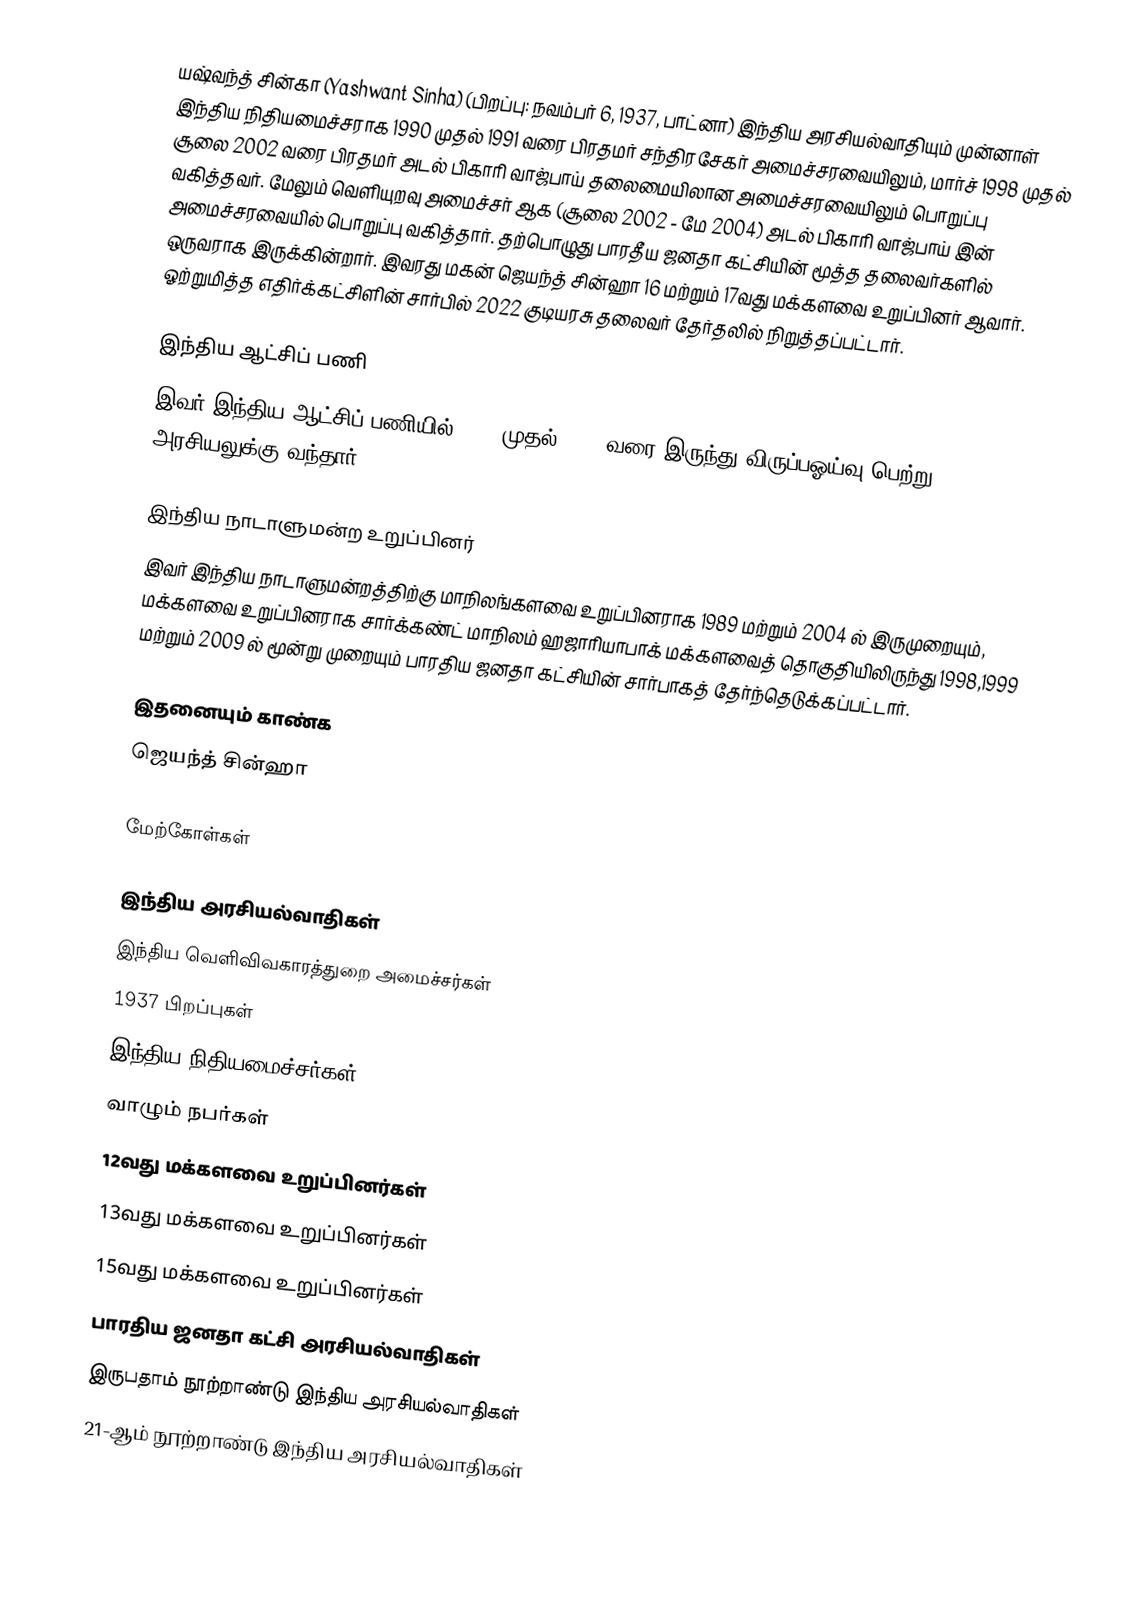
யஷ்வந்த் சின்கா (Yashwant Sinha) (பிறப்பு: நவம்பர் 6, 1937, பாட்னா) இந்திய அரசியல்வாதியும் முன்னாள் இந்திய நிதியமைச்சராக 1990 முதல் 1991 வரை பிரதமர் சந்திரசேகர் அமைச்சரவையிலும், மார்ச் 1998 முதல் சூலை 2002 வரை பிரதமர் அடல் பிகாரி வாஜ்பாய் தலைமையிலான அமைச்சரவையிலும் பொறுப்பு வகித்தவர். மேலும் வெளியுறவு அமைச்சர் ஆக (சூலை 2002 - மே 2004) அடல் பிகாரி வாஜ்பாய் இன் அமைச்சரவையில் பொறுப்பு வகித்தார். தற்பொழுது  பாரதீய ஜனதா கட்சியின் மூத்த தலைவர்களில் ஒருவராக இருக்கின்றார். இவரது மகன் ஜெயந்த் சின்ஹா 16 மற்றும் 17வது மக்களவை உறுப்பினர் ஆவார். ஓற்றுமித்த எதிர்க்கட்சிளின் சார்பில்  2022 குடியரசு தலைவர் தேர்தலில் நிறுத்தப்பட்டார்.

இந்திய ஆட்சிப் பணி
இவர் இந்திய ஆட்சிப் பணியில் 1960 முதல்  1984 வரை இருந்து விருப்பஓய்வு பெற்று அரசியலுக்கு வந்தார்.

இந்திய நாடாளுமன்ற உறுப்பினர்
இவர் இந்திய நாடாளுமன்றத்திற்கு மாநிலங்களவை உறுப்பினராக 1989 மற்றும் 2004 ல் இருமுறையும்,  மக்களவை உறுப்பினராக  சார்க்கண்ட் மாநிலம் ஹஜாரியாபாக் மக்களவைத்  தொகுதியிலிருந்து 1998,1999 மற்றும் 2009 ல் மூன்று முறையும் பாரதிய ஜனதா கட்சியின் சார்பாகத் தேர்ந்தெடுக்கப்பட்டார்.

இதனையும் காண்க
 ஜெயந்த் சின்ஹா

மேற்கோள்கள்

இந்திய அரசியல்வாதிகள்
இந்திய வெளிவிவகாரத்துறை அமைச்சர்கள்
1937 பிறப்புகள்
இந்திய நிதியமைச்சர்கள்
வாழும் நபர்கள்
12வது மக்களவை உறுப்பினர்கள்
13வது மக்களவை உறுப்பினர்கள்
15வது மக்களவை உறுப்பினர்கள்
பாரதிய ஜனதா கட்சி அரசியல்வாதிகள்
இருபதாம் நூற்றாண்டு இந்திய அரசியல்வாதிகள்
21-ஆம் நூற்றாண்டு இந்திய அரசியல்வாதிகள்